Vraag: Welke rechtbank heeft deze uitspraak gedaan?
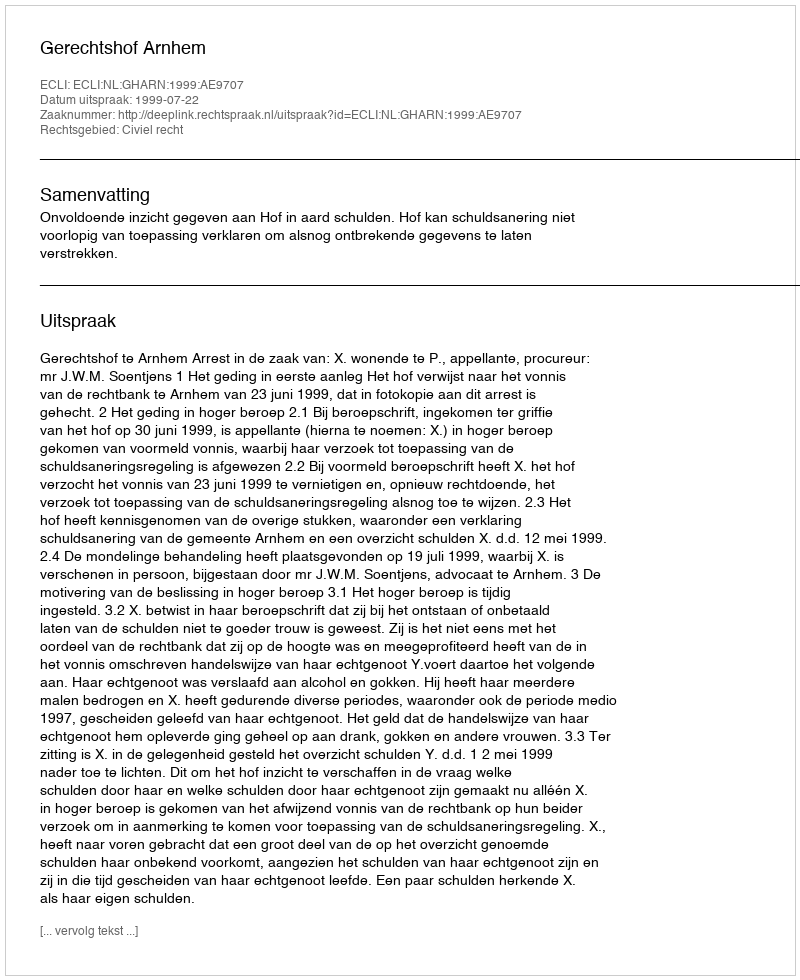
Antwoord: Gerechtshof Arnhem